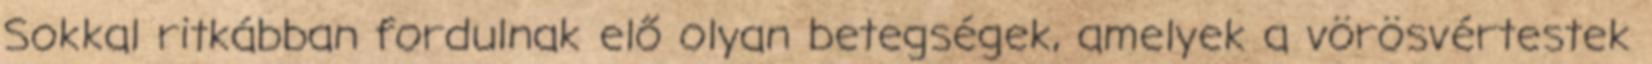
Sokkal ritkábban fordulnak elő olyan betegségek, amelyek a vörösvértestek